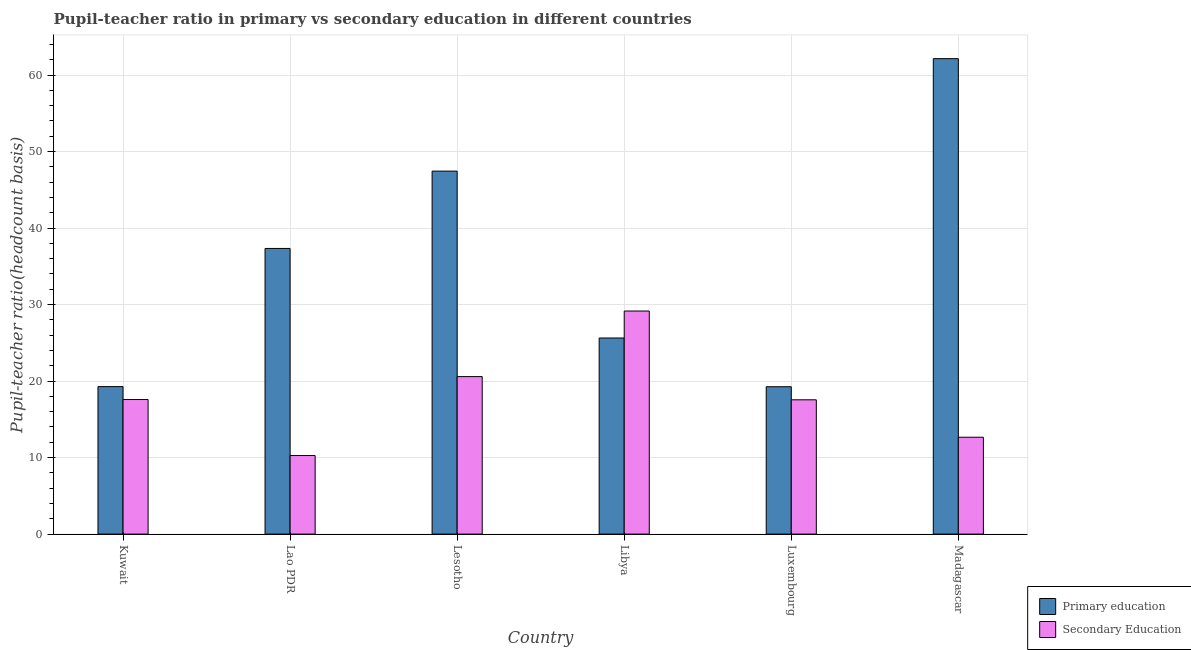
| Country | Primary education | Secondary Education |
 | --- | --- | --- |
 | Kuwait | 19.3 | 17.6 |
 | Lao PDR | 37.3 | 10.3 |
 | Lesotho | 47.4 | 20.6 |
 | Libya | 25.6 | 29.2 |
 | Luxembourg | 19.3 | 17.6 |
 | Madagascar | 62.1 | 12.7 |